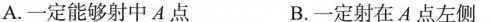
A.一定能够射中A点 B.一定射在A点左侧